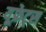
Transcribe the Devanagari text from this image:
यूफ्रेट्स